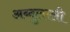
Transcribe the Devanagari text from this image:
अब्दुलाली